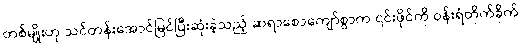
တစ်မျိုးဟု သင်တန်းအောင်မြင်ပြီးဆုံးခဲ့သည့် ဆရာစောကျော်စွာက ၎င်းဖိုင်ကို ဝန်းရံတိုက်ခိုက်